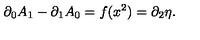
\partial _ { 0 } A _ { 1 } - \partial _ { 1 } A _ { 0 } = f ( x ^ { 2 } ) = \partial _ { 2 } \eta .